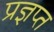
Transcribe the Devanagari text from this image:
प्रज्ञप्त